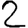
Digit: 2